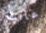
عانت